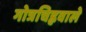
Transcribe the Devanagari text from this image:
गोत्रचिह्नवाले